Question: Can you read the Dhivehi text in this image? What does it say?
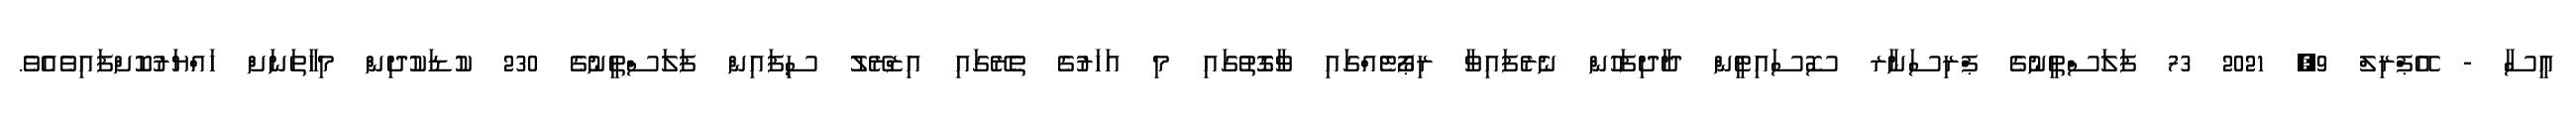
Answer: ޢީސާ - އޭޕްރިލް 9, 2021 73 ފަލަސްތީނުގެ ޕްރިސަނާރ ސޮސައިޓީން ދާދިފަހުން ނެރެފައިވާ ރިޕޯޓެއްގައި ވާގޮތުގައި މި އަހަރުގެ ތެރޭގައި އިޒްރޭލު ސިފައިން ފަލަސްތީނުގެ 230 ކުޑަކުދިން މިހާތަނަށް ހައްޔަރުކޮށްފައިވެއެވެ.